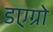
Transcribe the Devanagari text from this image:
डएग्रो